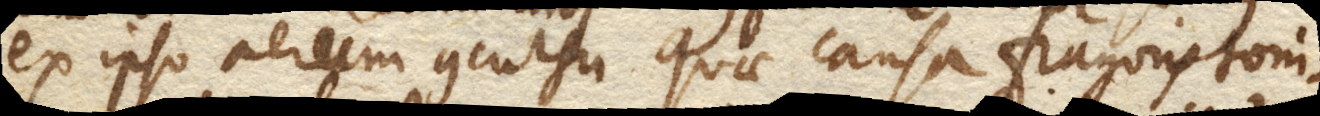
ex ipso aerum concursu quae causa fragoris toni–